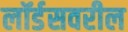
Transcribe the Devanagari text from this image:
लॉर्डसवरील